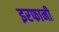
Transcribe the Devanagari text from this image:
इरफानी